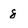
Character: 8